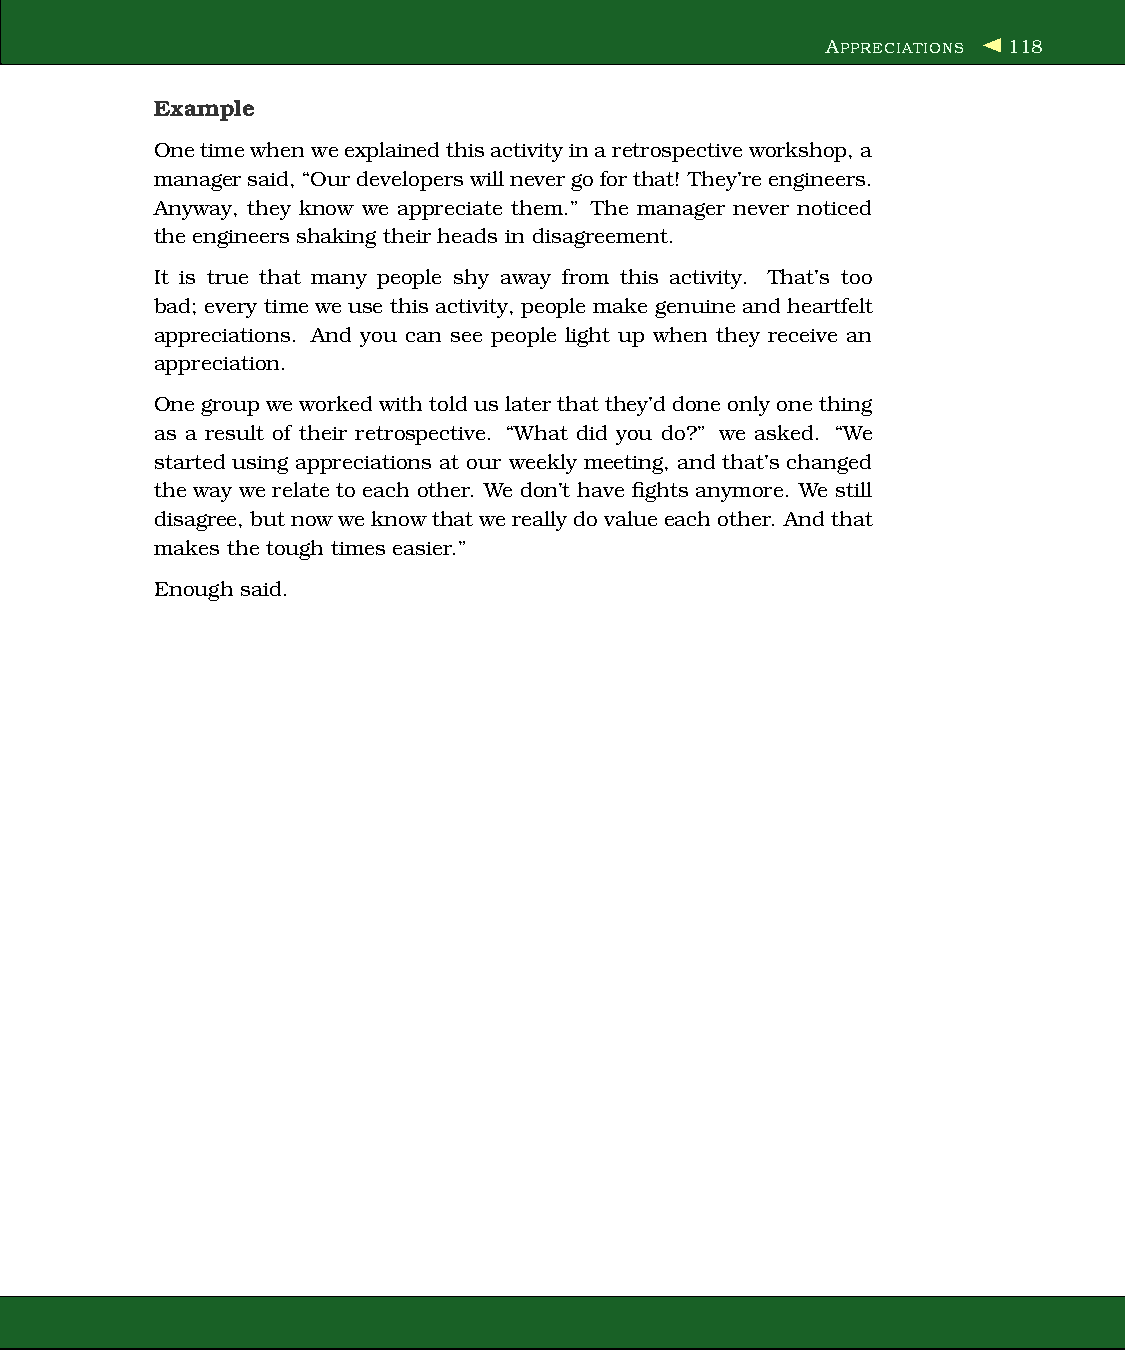
APPRECIATIONS 118
 Example
 Onetimewhenweexplainedthisactivityinaretrospectiveworkshop,a
 managersaid,“Our developerswillnevergoforthat! They’reengineers.
 Anyway, they know we appreciate them.” The manager never noticed
 the engineers shaking their heads in disagreement.
 It is true that many people shy away from this activity. That’s too
 bad; every timewe use thisactivity, people make genuine and heartfelt
 appreciations. And you can see people light up when they receive an
 appreciation.
 Onegroupweworked withtolduslaterthatthey’ddone only onething
 as a result of their retrospective. “What did you do?” we asked. “We
 started using appreciations at our weekly meeting, and that’s changed
 the way we relate to each other. We don’t have fights anymore. We still
 disagree,but nowweknowthatwereallydovalueeachother. Andthat
 makes the tough times easier.”
 Enough said.